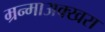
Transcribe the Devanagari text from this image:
म्रन्माअक्खरा